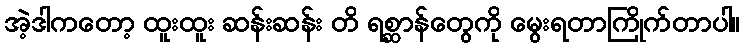
အဲ့ဒါကတော့ ထူးထူး ဆန်းဆန်း တိ ရစ္ဆာန်တွေကို မွေးရတာကြိုက်တာပါ။